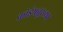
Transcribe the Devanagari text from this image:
कोईमतूरच्या